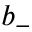
b _ { - }